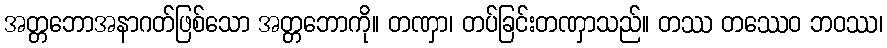
အတ္တဘောအနာဂတ်ဖြစ်သော အတ္တဘောကို။ တဏှာ၊ တပ်ခြင်းတဏှာသည်။ တဿ တဿေဝ ဘဝဿ၊